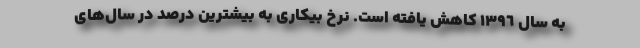
به سال ١٣٩٦ كاهش يافته است. نرخ بيكارى به بیشترین درصد در سال‌های